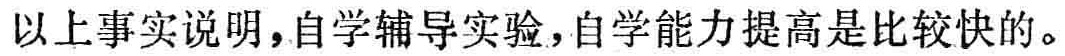
以上事实说明，自学辅导实验，自学能力提高是比较快的。